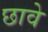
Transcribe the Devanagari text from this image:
छावे